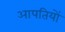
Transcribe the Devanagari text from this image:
आपतियों